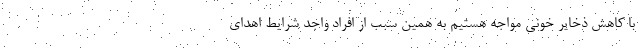
با کاهش ذخایر خونی مواجه هستیم به همین سبب از افراد واجد شرایط اهدای